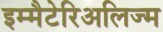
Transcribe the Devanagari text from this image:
इम्मैटेरिअलिज्म